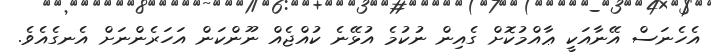
އެހެނަސް އޭނާއަކީ ޢާއްމުކޮށް ގެއިން ނުކުމެ އުޅޭނެ ކުއްޖެއް ނޫންކަން އަހަރެންނަށް އެނގެއެވެ.